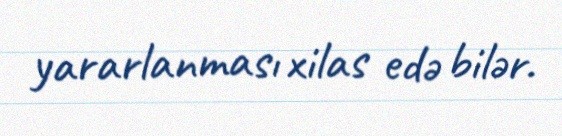
yararlanması xilas edə bilər.